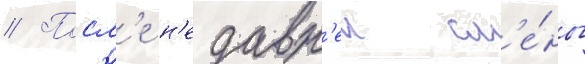
// Посл'е н'едавн'еи см'е́ны